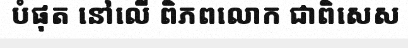
បំផុត នៅលើ ពិភពលោក ជាពិសេស